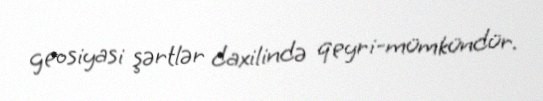
geosiyasi şərtlər daxilində qeyri-mümkündür.